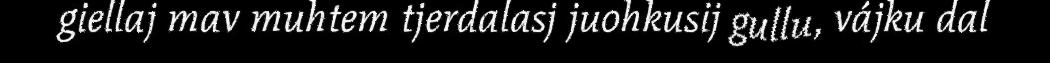
giellaj mav muhtem tjerdalasj juohkusij gullu, vájku dal